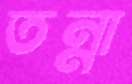
তন্না